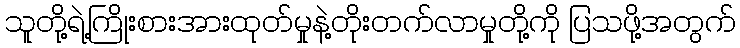
သူတို့ရဲ့ကြိုးစားအားထုတ်မှုနဲ့တိုးတက်လာမှုတို့ကို ပြသဖို့အတွက်